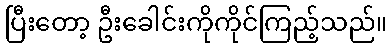
ပြီးတော့ ဦးခေါင်းကိုကိုင်ကြည့်သည်။